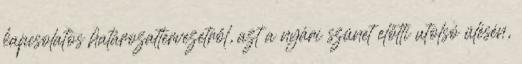
kapcsolatos határozattervezetről, azt a nyári szünet előtti utolsó ülésén,